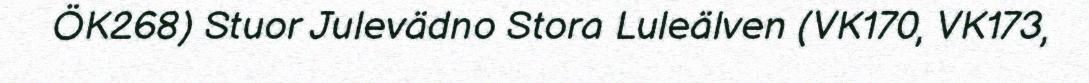
ÖK268) Stuor Julevädno Stora Luleälven (VK170, VK173,